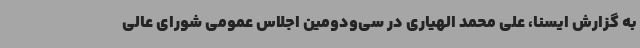
به گزارش ایسنا، علی محمد الهیاری در سی‌ودومین اجلاس عمومی شورای عالی